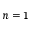
n = 1